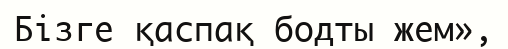
Бізге қаспақ бодты жем»,